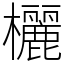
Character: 欐